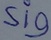
Text: Sig